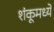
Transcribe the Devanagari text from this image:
शंकूमध्ये